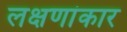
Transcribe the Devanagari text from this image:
लक्षणांकार